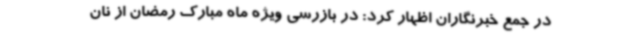
در جمع خبرنگاران اظهار کرد: در بازرسی ویژه ماه مبارک رمضان از نان